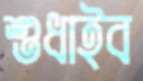
শুধাইব